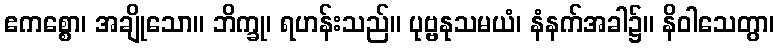
ဧကစ္စော၊ အချိုသော။ ဘိက္ခု၊ ရဟန်းသည်။ ပုဗ္ဗနုသမယံ၊ နံနက်အခါ၌။ နိဝါသေတွာ၊